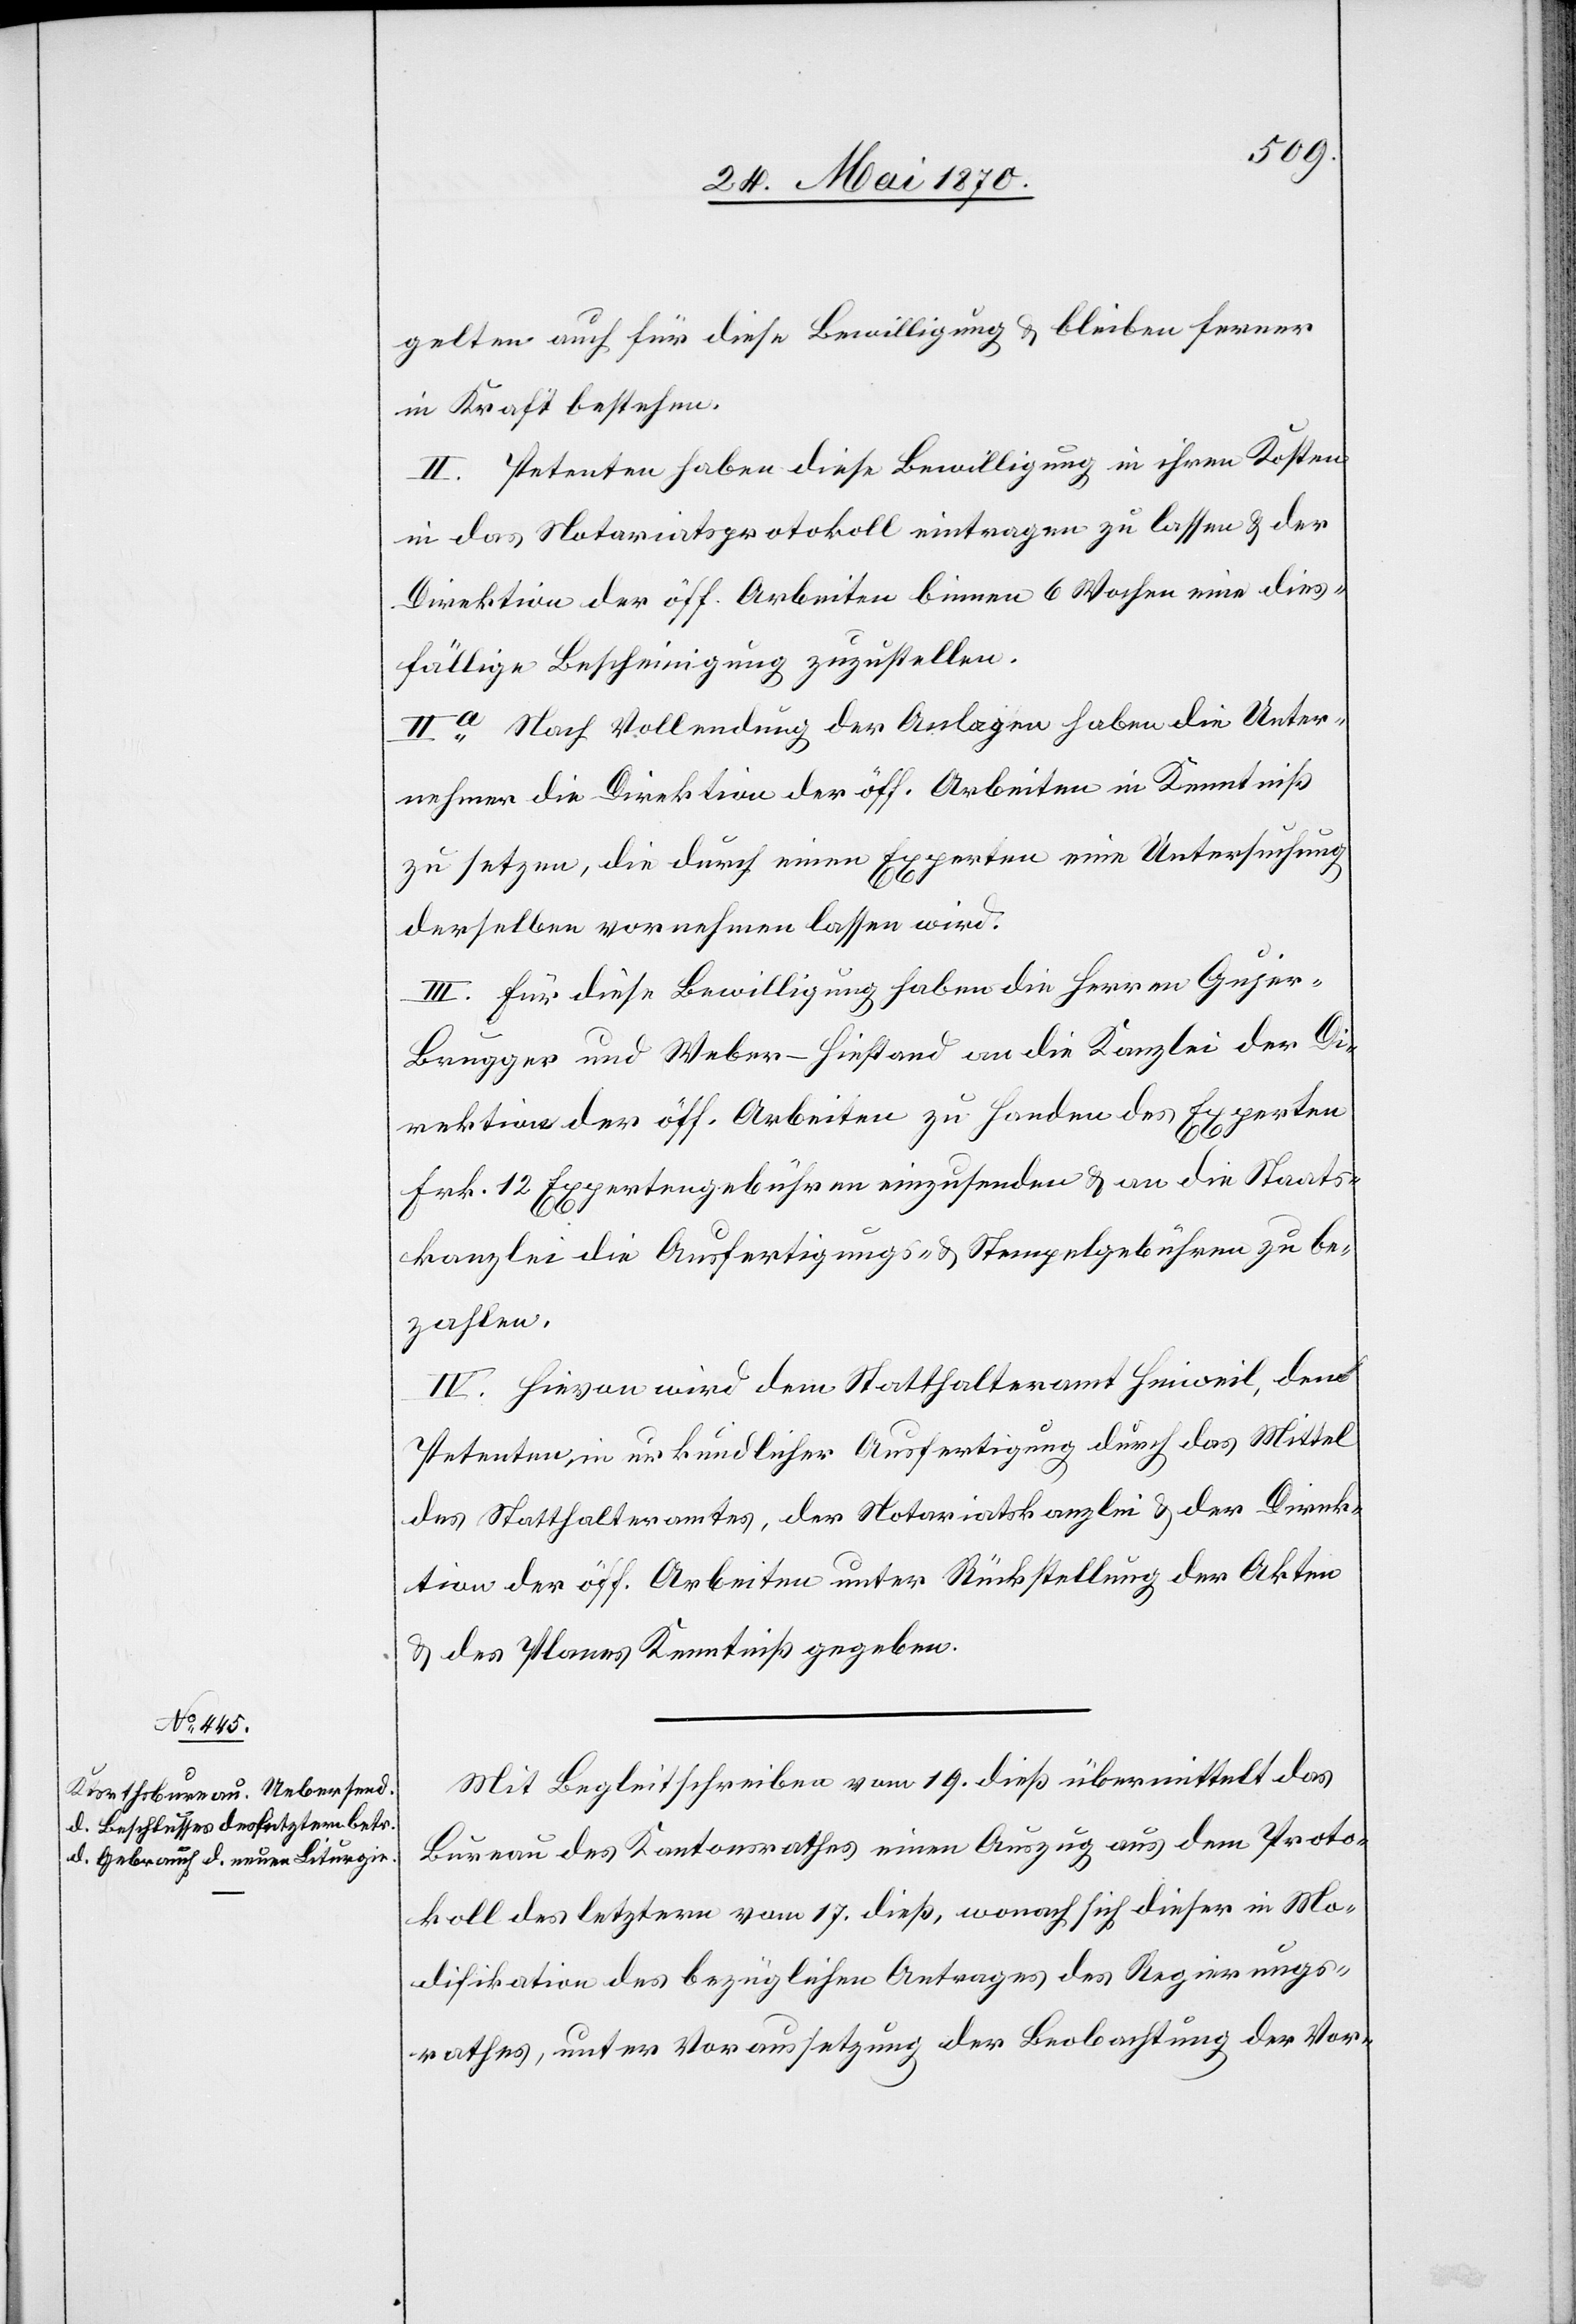
gelten auch für diese Bewilligung & bleiben ferner
in Kraft bestehen.
II. Petenten haben diese Bewilligung in ihren Kosten
in das Notariatsprotokoll eintragen zu lassen & der
Direktion der öff. Arbeiten binnen 6 Wochen eine dies¬
fällige Bescheinigung zuzustellen.
IIa Nach Vollendung der Anlagen haben die Unter¬
nehmer die Direktion der öff. Arbeiten in Kenntniß
zu setzen, die durch einen Experten eine Untersuchung
derselben vornehmen lassen wird.
III. Für diese Bewilligung haben die Herren Gujer-B¬
rugger und Weber-Hiestand an die Kanzlei der Di¬
rektion der öff. Arbeiten zu Handen des Experten
Frk. 12 Expertengebühren einzusenden & an die Staats¬
kanzlei die Ausfertigungs- & Stempelgebühren zu be¬
zahlen.
IV. Hievon wird dem Statthalteramt Hinweil, den
Petenten in urkundlicher Ausfertigung durch das Mittel
des Statthalteramtes, der Notariatskanzlei & der Direk¬
tion der öff. Arbeiten unter Rückstellung der Akten
& des Planes Kenntniß gegeben.
Mit Begleitschreiben vom 19. dieß übermittelt das
Bureau des Kantonsrathes einen Auszug aus dem Proto¬
koll des letztern vom 17. dieß, wonach sich dieser in Mo¬
difikation des bezüglichen Antrages des Regierungs¬
rathes, unter Voraussetzung der Beobachtung der Vor-